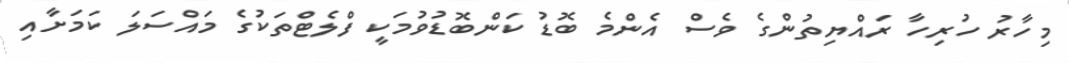
މިހާރު ހުރިހާ ރައްޔިތުންގެ ވެސް އެންމެ ބޮޑު ކަންބޮޑުވުމަކީ ފްލެޓްތަކުގެ މައްސަލަ ކަމަށާއި